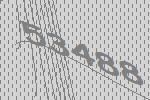
53488